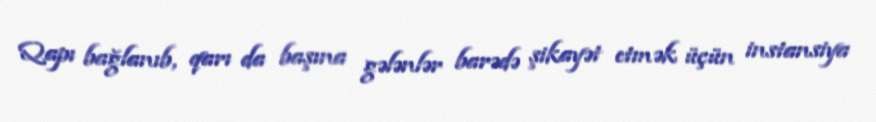
Qapı bağlanıb, qarı da başına gələnlər barədə şikayət etmək üçün instansiya